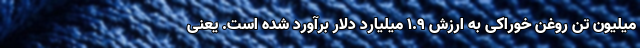
میلیون تن روغن خوراکی به ارزش ۱.۹ میلیارد دلار برآورد شده است. یعنی